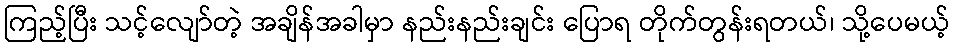
ကြည့်ပြီး သင့်လျော်တဲ့ အချိန်အခါမှာ နည်းနည်းချင်း ပြောရ တိုက်တွန်းရတယ်၊ သို့ပေမယ့်